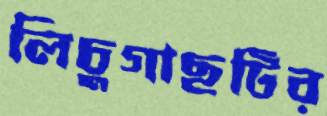
লিচুগাছটির